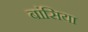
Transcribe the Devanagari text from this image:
बांसिया